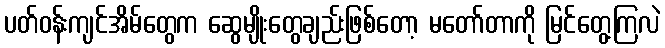
ပတ်ဝန်းကျင်အိမ်တွေက ဆွေမျိုးတွေချည်းဖြစ်တော့ မတော်တာကို မြင်တွေ့ကြလဲ